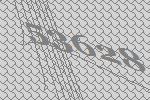
53628